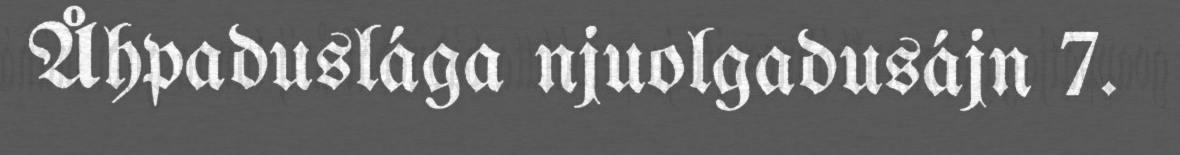
Åhpaduslága njuolgadusájn 7.